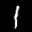
Label: 1